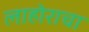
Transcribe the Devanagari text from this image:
लाहोराचा